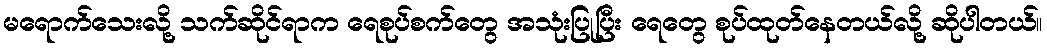
မရောက်သေးလို့ သက်ဆိုင်ရာက ရေစုပ်စက်တွေ အသုံးပြုပြီး ရေတွေ စုပ်ထုတ်နေတယ်လို့ ဆိုပါတယ်။